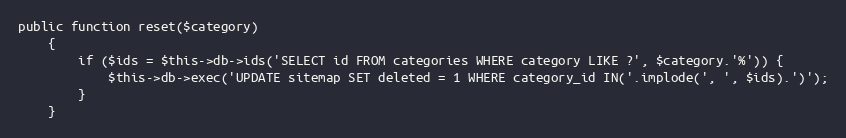
Language: PHP
public function reset($category)
    {
        if ($ids = $this->db->ids('SELECT id FROM categories WHERE category LIKE ?', $category.'%')) {
            $this->db->exec('UPDATE sitemap SET deleted = 1 WHERE category_id IN('.implode(', ', $ids).')');
        }
    }